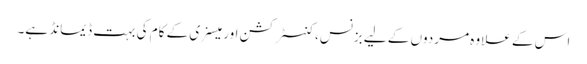
اس کے علاوہ مردوں کے لیے بزنس، کنسٹرکشن اور میسنری کے کام کی بہت ڈیمانڈ ہے۔